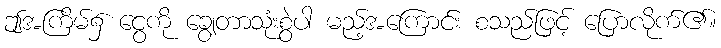
ဤအကြိမ်၌ ငွေကို ချွေတာသုံးစွဲပါ မည့်အကြောင်း စသည်ဖြင့် ပြောလိုက်၏။